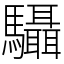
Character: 䯀